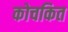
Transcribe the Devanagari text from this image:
कोचकित